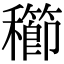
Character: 𥣮